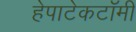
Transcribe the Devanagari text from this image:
हेपाटेकटॉमी